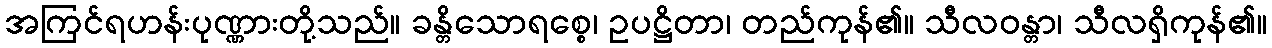
အကြင်ရဟန်းပုဏ္ဏားတို့သည်။ ခန္တိသောရစ္စေ၊ ဥပဋ္ဌိတာ၊ တည်ကုန်၏။ သီလဝန္တာ၊ သီလရှိကုန်၏။